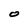
Character: O